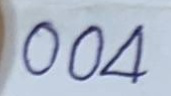
004